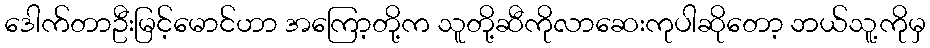
ဒေါက်တာဦးမြင့်မောင်ဟာ အကြော့တို့က သူတို့ဆီကိုလာဆေးကုပါဆိုတော့ ဘယ်သူ့ကိုမှ